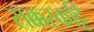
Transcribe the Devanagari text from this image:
सक्करकट्टि